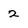
Character: 2